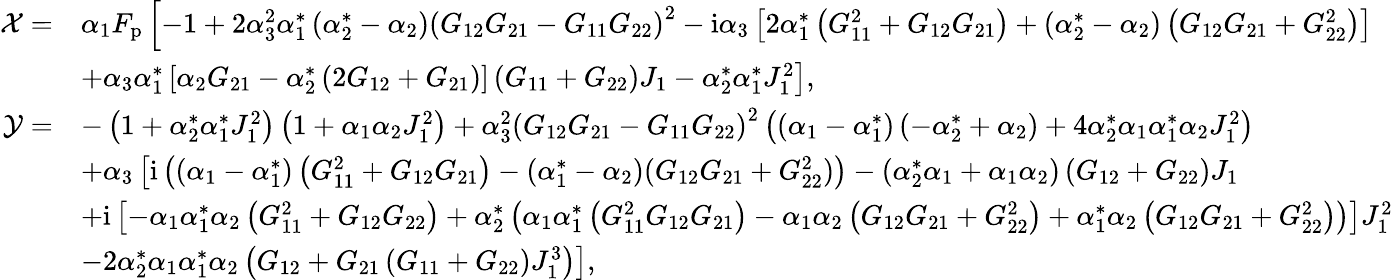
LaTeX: \begin{array}{rl}{\mathcal{X}=}&{\alpha_{1}F_{\mathrm{p}}\left[-1+2\alpha_{3}^{2}\alpha_{1}^{*}\left(\alpha_{2}^{*}-\alpha_{2}\right)\left(G_{12}G_{21}-G_{11}G_{22}\right)^{2}-\mathrm{i}\alpha_{3}\left[2\alpha_{1}^{*}\left(G_{11}^{2}+G_{12}G_{21}\right)+\left(\alpha_{2}^{*}-\alpha_{2}\right)\left(G_{12}G_{21}+G_{22}^{2}\right)\right]\right.}\\ &{\left.+\alpha_{3}\alpha_{1}^{*}\left[\alpha_{2}G_{21}-\alpha_{2}^{*}\left(2G_{12}+G_{21}\right)\right]\left(G_{11}+G_{22}\right)J_{1}-\alpha_{2}^{*}\alpha_{1}^{*}J_{1}^{2}\right],}\\ {\mathcal{Y}=}&{-\left(1+\alpha_{2}^{*}\alpha_{1}^{*}J_{1}^{2}\right)\left(1+\alpha_{1}\alpha_{2}J_{1}^{2}\right)+\alpha_{3}^{2}\left(G_{12}G_{21}-G_{11}G_{22}\right)^{2}\left(\left(\alpha_{1}-\alpha_{1}^{*}\right)\left(-\alpha_{2}^{*}+\alpha_{2}\right)+4\alpha_{2}^{*}\alpha_{1}\alpha_{1}^{*}\alpha_{2}J_{1}^{2}\right)}\\ &{+\alpha_{3}\left[\mathrm{i}\left((\alpha_{1}-\alpha_{1}^{*})\left(G_{11}^{2}+G_{12}G_{21}\right)-(\alpha_{1}^{*}-\alpha_{2})(G_{12}G_{21}+G_{22}^{2})\right)-\left(\alpha_{2}^{*}\alpha_{1}+\alpha_{1}\alpha_{2}\right)\left(G_{12}+G_{22}\right)J_{1}\right.}\\ &{\left.+\mathrm{i}\left[-\alpha_{1}\alpha_{1}^{*}\alpha_{2}\left(G_{11}^{2}+G_{12}G_{22}\right)+\alpha_{2}^{*}\left(\alpha_{1}\alpha_{1}^{*}\left(G_{11}^{2}G_{12}G_{21}\right)-\alpha_{1}\alpha_{2}\left(G_{12}G_{21}+G_{22}^{2}\right)+\alpha_{1}^{*}\alpha_{2}\left(G_{12}G_{21}+G_{22}^{2}\right)\right)\right]J_{1}^{2}\right.}\\ &{\left.-2\alpha_{2}^{*}\alpha_{1}\alpha_{1}^{*}\alpha_{2}\left(G_{12}+G_{21}\left(G_{11}+G_{22}\right)J_{1}^{3}\right)\right],}\end{array}